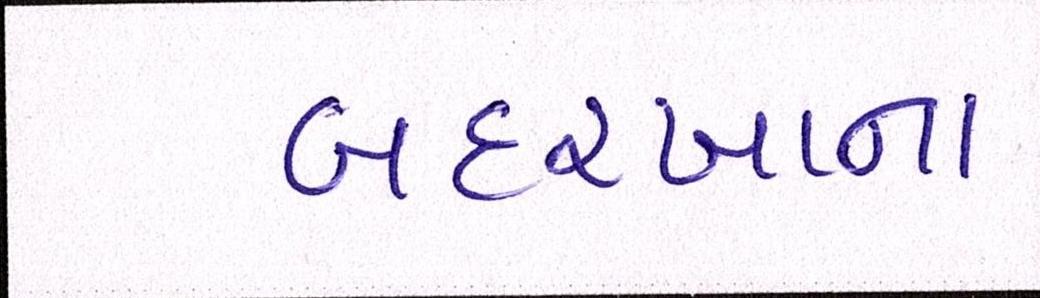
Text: બદરખાના